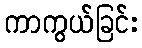
ကာကွယ်ခြင်း